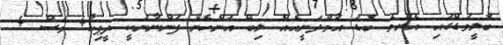
ބޮލީވުޑްގައި އެންމެ ބޮޑު އާމްދަނީއެއް ލިބޭ އަންހެން ފަންނާނަކީ ދީޕިކާ4 މަސް 4